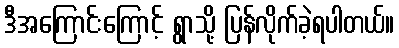
ဒီအကြောင်းကြောင့် ရွာသို့ ပြန်လိုက်ခဲ့ရပါတယ်။